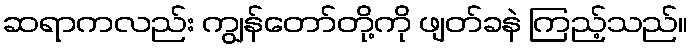
ဆရာကလည်း ကျွန်တော်တို့ကို ဖျတ်ခနဲ ကြည့်သည်။